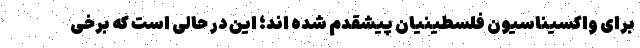
برای واکسیناسیون فلسطینیان پیشقدم شده اند؛ این در حالی است که برخی